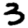
Digit: 3